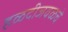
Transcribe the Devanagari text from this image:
हळदीजवळचे